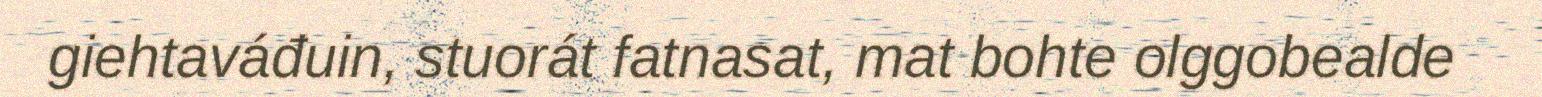
giehtaváđuin, stuorát fatnasat, mat bohte olggobealde